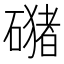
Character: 𱴴